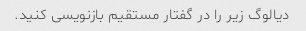
دیالوگ زیر را در گفتار مستقیم بازنویسی کنید.